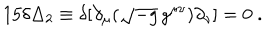
LaTeX: 1 5 \delta \Delta _ { 2 } \equiv \delta [ \partial _ { \mu } ( \sqrt { - g } \, g ^ { \mu \nu } ) \partial _ { \nu } ] = 0 \; .